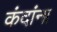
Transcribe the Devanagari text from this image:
कंदांना